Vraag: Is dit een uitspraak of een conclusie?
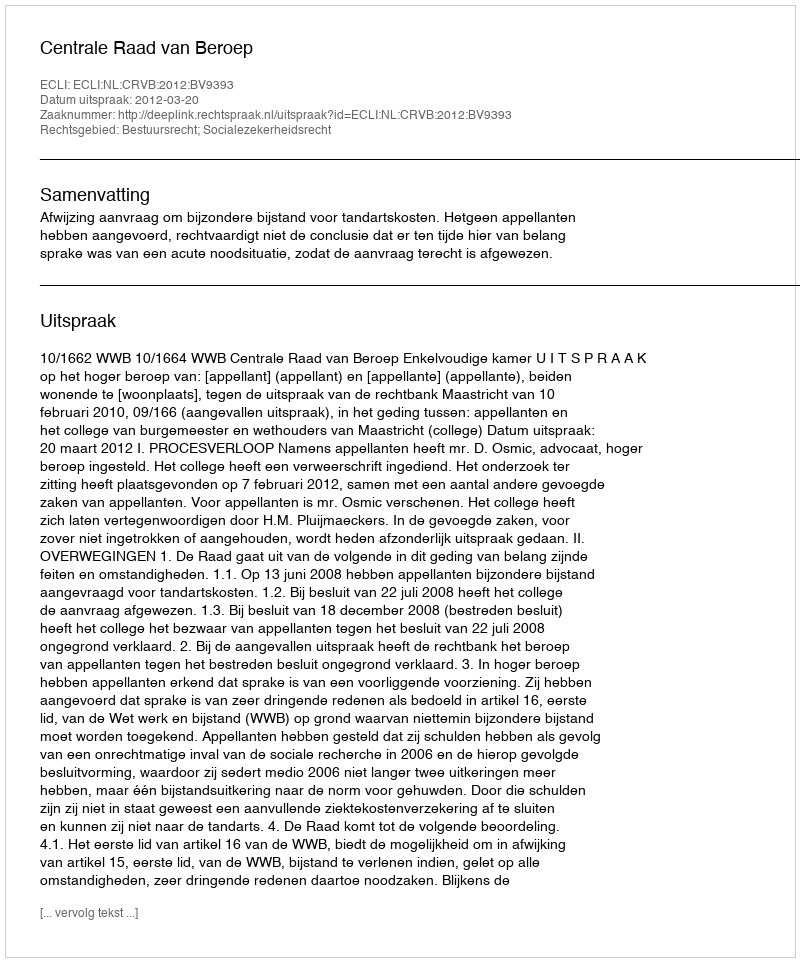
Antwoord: Uitspraak